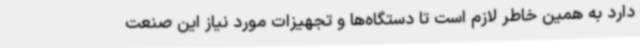
دارد به همین خاطر لازم است تا دستگاه‌ها و تجهیزات مورد نیاز این صنعت